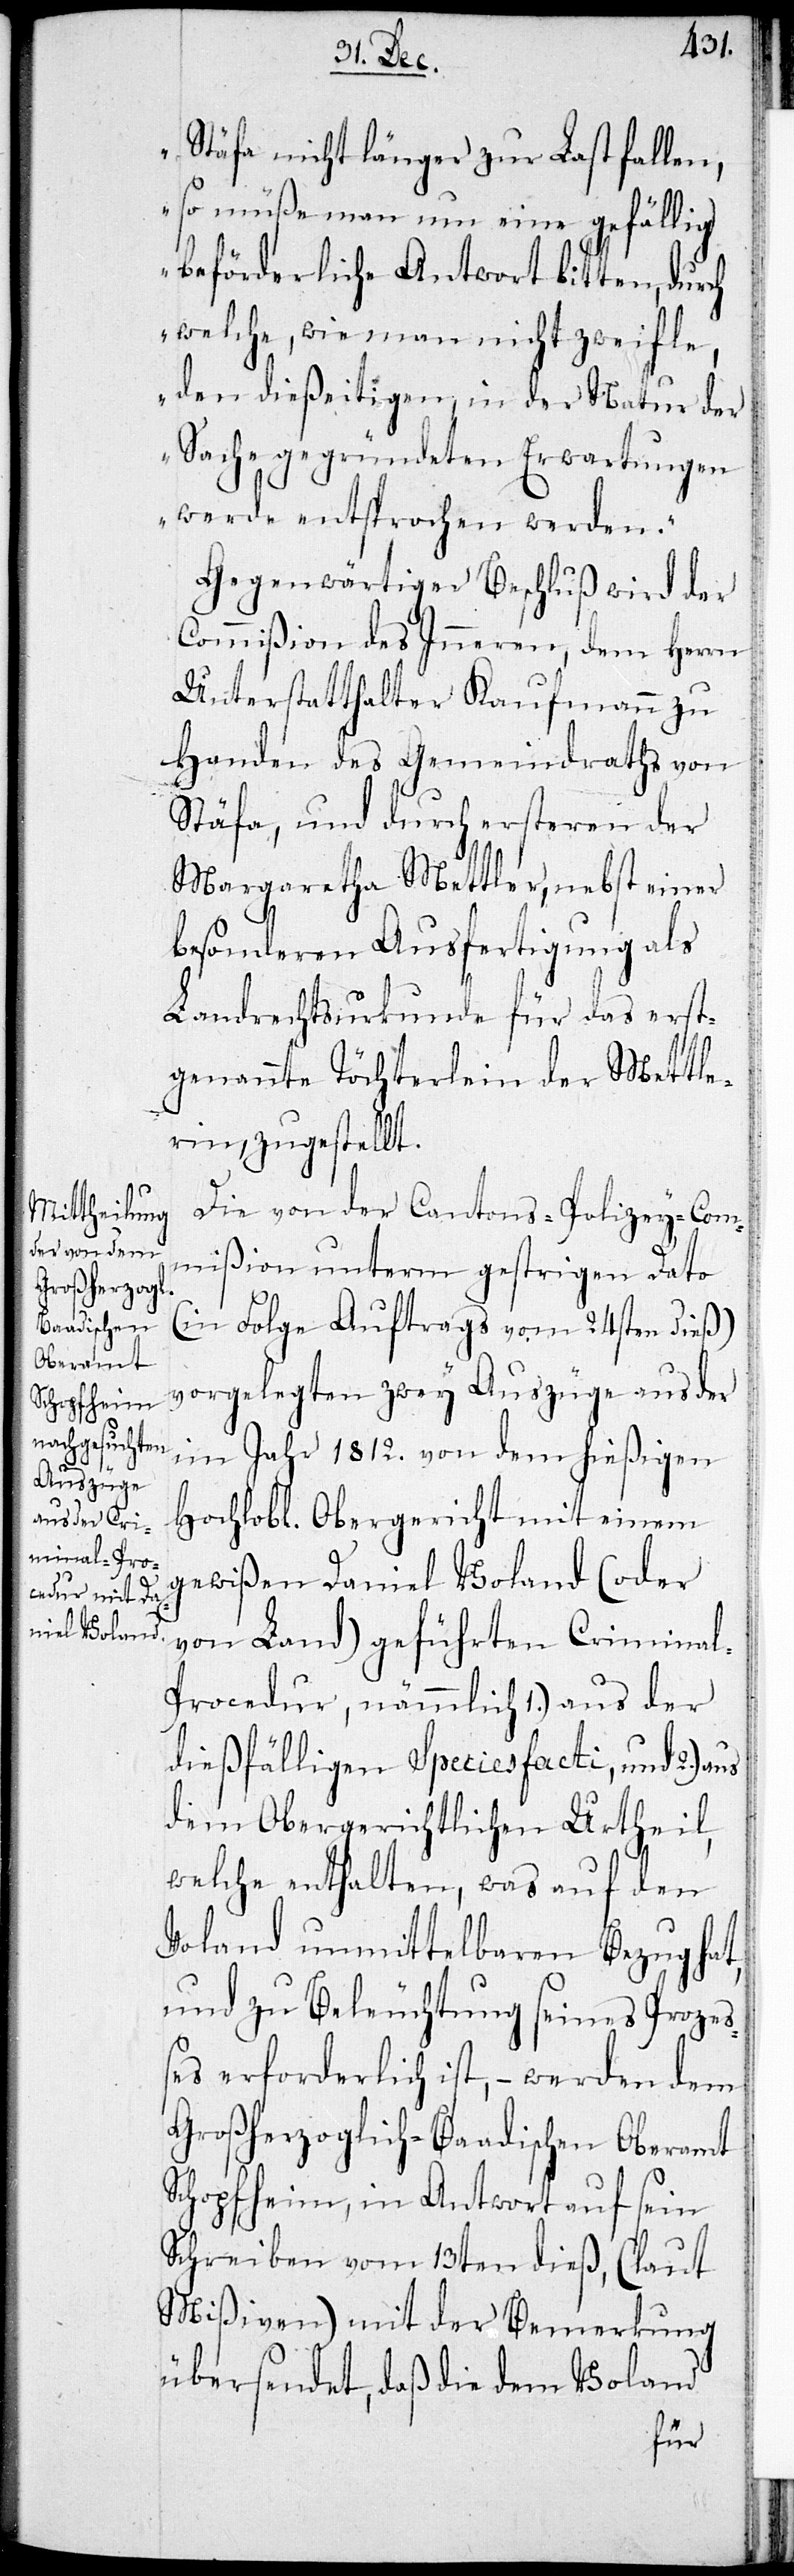
Stäfa nicht länger zur Last fallen,
so müße man um eine gefällig
beförderliche Antwort bitten, durch
welche, wie man nicht zweifle,
den dießeitigen, in der Natur der
Sache gegründeten Erwartungen
werde entsprochen werden.“
Gegenwärtiger Beschluß wird der
Commißion des Inneren, dem Herrn
Unterstatthalter Kaufmann zu
Handen des Gemeindraths von
Stäfa, und durch ersteren der
Margaratha Mettler, nebst einer
besonderen Ausfertigung als
Landrechtsurkunde für das erste
genannte Töchterlein der Mettle¬
rin, zugestellt.
Die von der Cantons-Polizey-Com¬
mißion unterm gestrigen Dato
(in Folge Auftrags vom 24sten dieß)
vorgelegten zwey Auszüge aus der
im Jahr 1812. von dem hießigen
Hochlobl. Obergericht mit einem
gewißen Daniel Voland (oder
von Land) geführten Krimina¬
l-Prozedur, nämlich 1.) aus der
dießfälligen Speziesfacti und 2.)
dem obergerichtlichen Urtheil,
welche enthalten, was auf den
Voland unmittelbaren Bezug hat,
und zur Beleuchtung seines Prozeß¬
es erforderlich ist, – werden dem
Großherzoglich-Baadischen Oberamt
Schopfheim, in Antwort auf sein
Schreiben vom 13ten dieß (laut
Mißiven) mit der Bemerkung
übersendet, daß die dem Voland